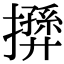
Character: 𢶛